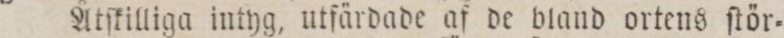
Åtſkilliga intyg, utfärdade af de bland ortens ſtör=